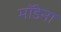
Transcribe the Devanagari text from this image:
मॉडेना